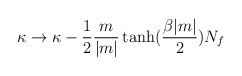
\begin{align*}\kappa\to\kappa-\frac{1}{2}\frac{m}{|m|}\tanh(\frac{\beta |m|}{2}) N_f\end{align*}